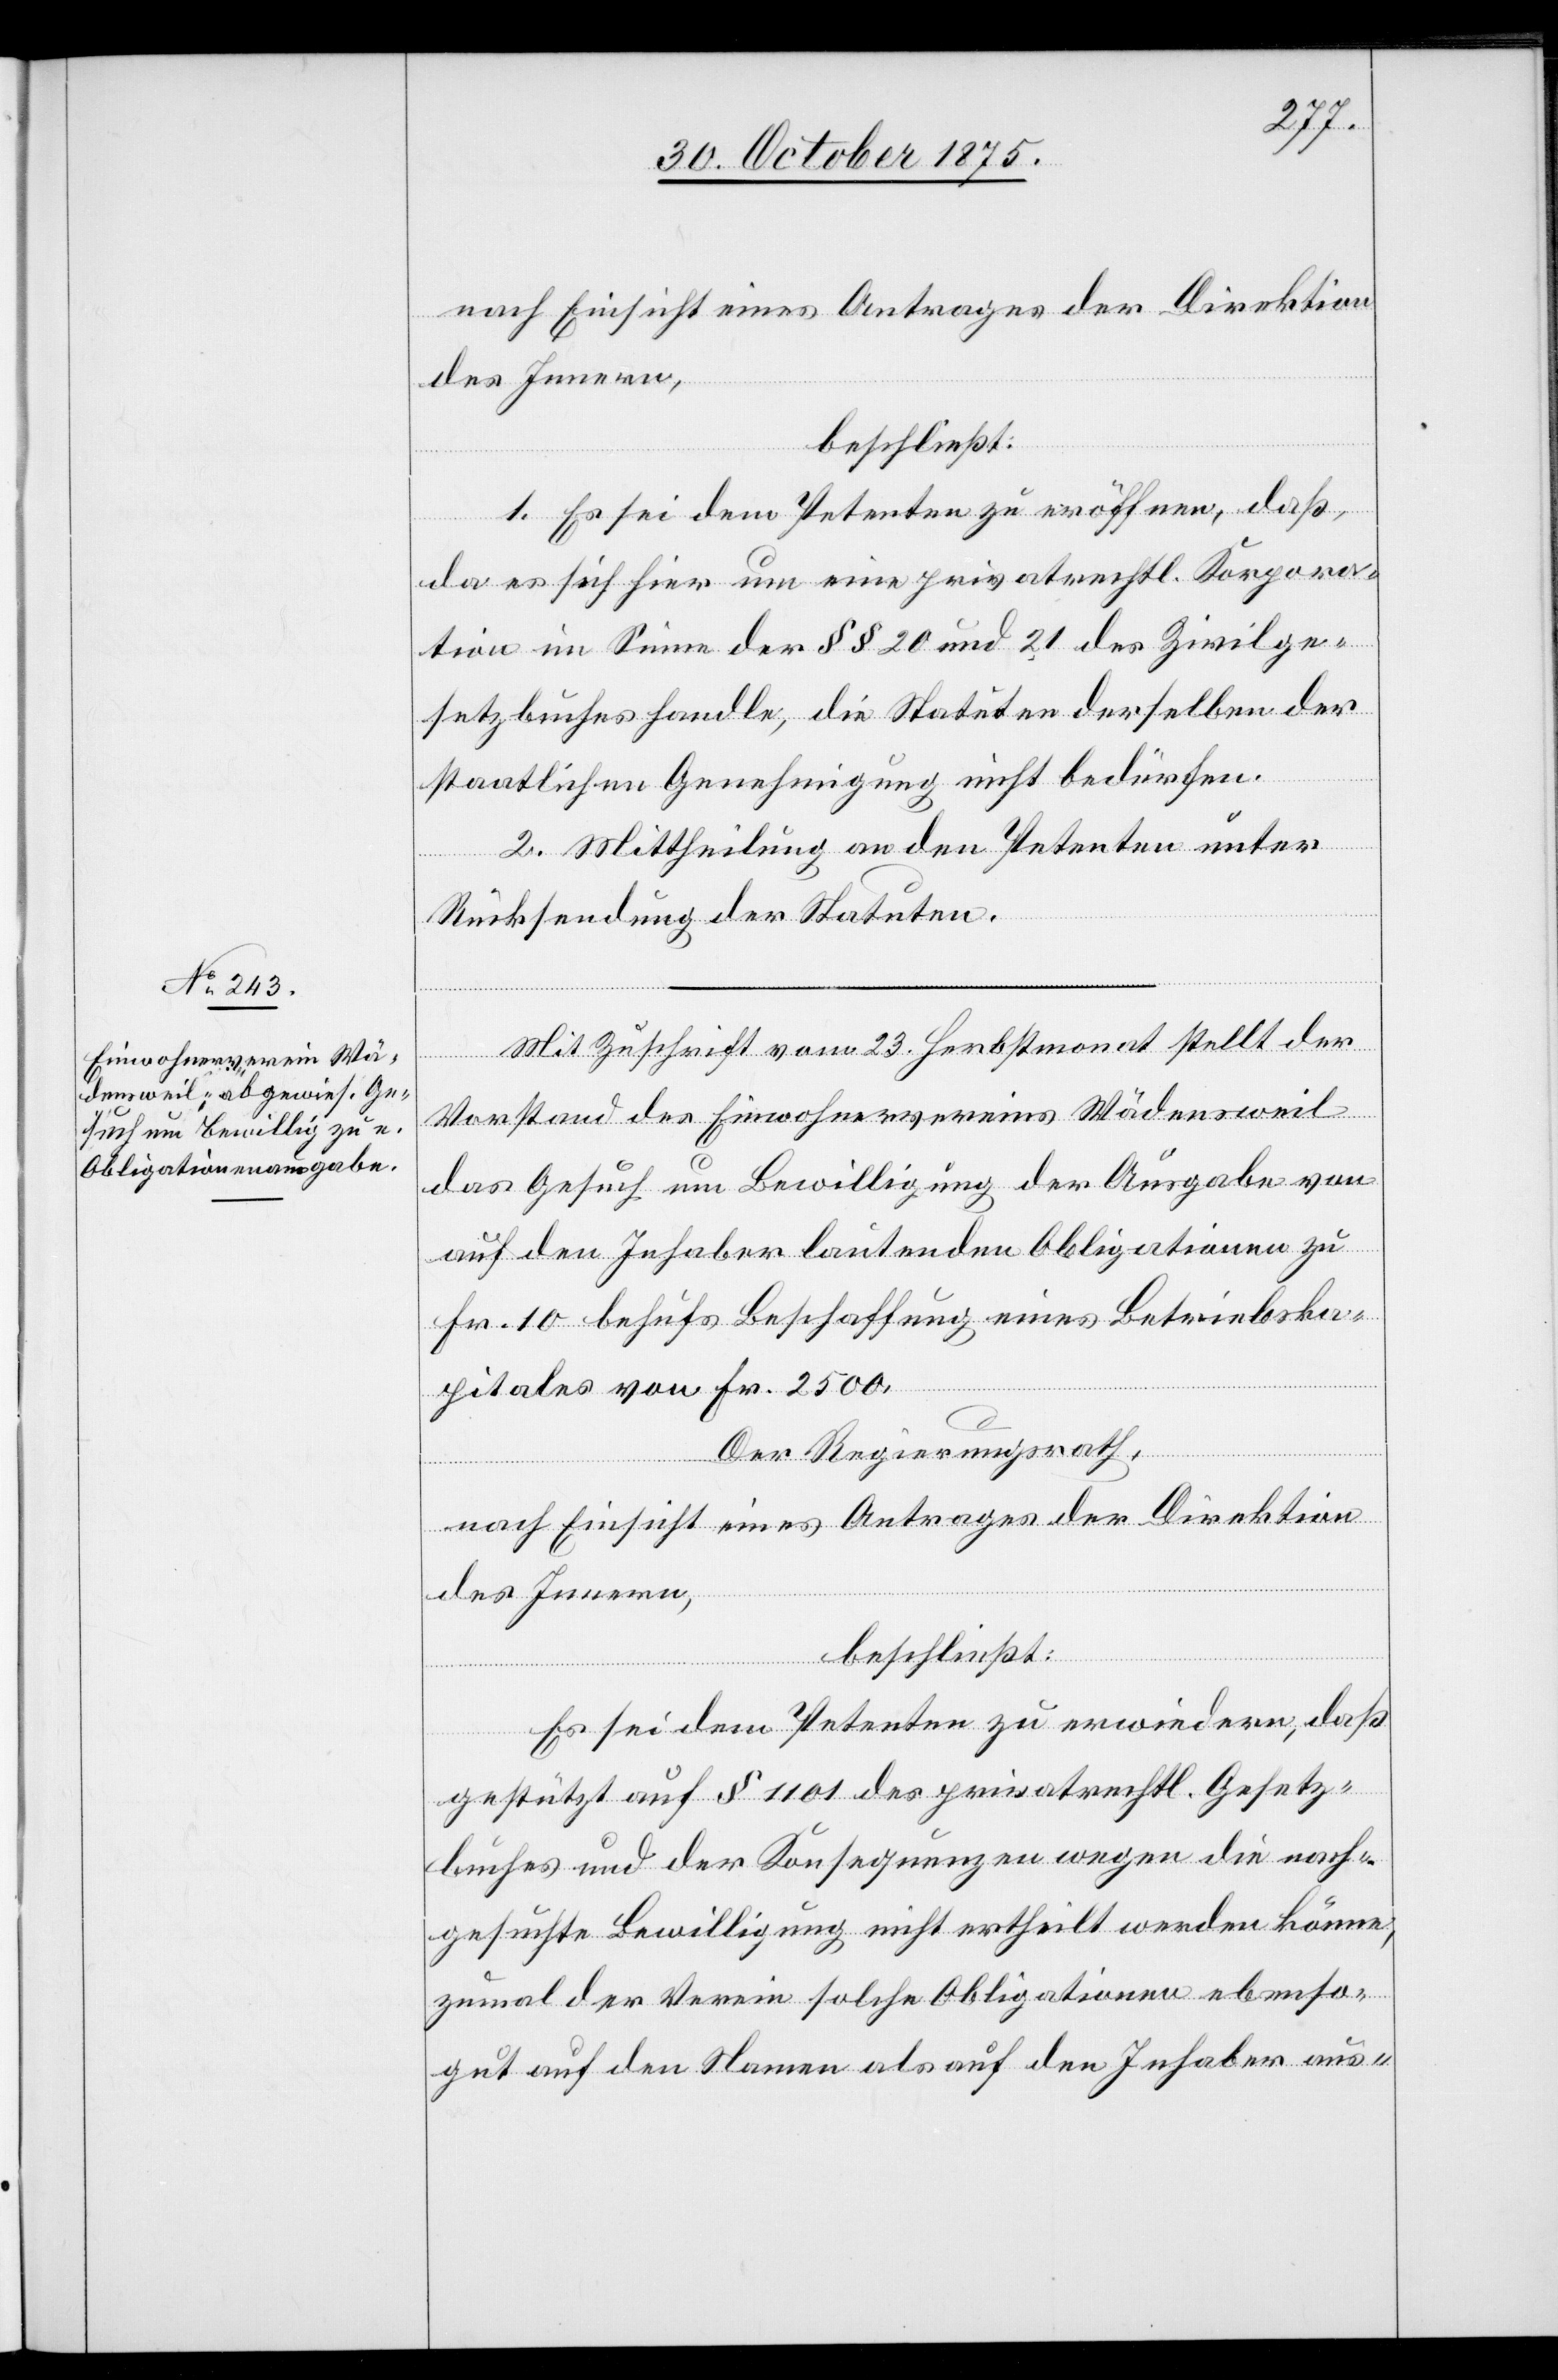
nach Einsicht eines Antrages der Direktion
des Innern,
beschließt:
1. Es sei dem Petenten zu eröffnen, daß,
da es sich hier um eine privatrechtl. Korpora¬
tion im Sinne der §§ 20 und 21 des Zivilge¬
setzbuches handle, die Statuten derselben der
staatlichen Genehmigung nicht bedürfen.
2. Mittheilung an den Petenten unter
Rücksendung der Statuten.
Mit Zuschrift vom 23. Herbstmonat stellt der
Vorstand des Einwohnervereins Wädensweil
das Gesuch um Bewilligung der Ausgabe von
auf den Inhaber lautenden Obligationen zu
Fr. 10 behufs Beschaffung eines Betriebska¬
pitales von Fr. 2500.
Der Regierungsrath,
nach Einsicht eines Antrages der Direktion
des Innern,
beschließt:
Es sei dem Petenten zu erwiedern, daß
gestützt auf § 1101 des privatrechtl. Gesetz¬
buches und der Konsequenzen wegen die nach¬
gesuchte Bewilligung nicht ertheilt werden könne,
zumal der Verein solche Obligationen ebenso¬
gut auf den Namen als auf den Inhaber aus-